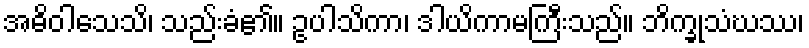
အဓိဝါသေသိ၊ သည်းခံ၏။ ဥပါသိကာ၊ ဒါယိကာမကြီးသည်။ ဘိက္ခုသံဃဿ၊